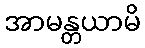
အာမန္တယာမိ